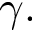
\gamma .